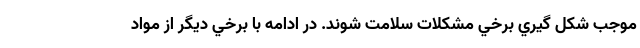
موجب شكل گيري برخي مشكلات سلامت شوند. در ادامه با برخي ديگر از مواد